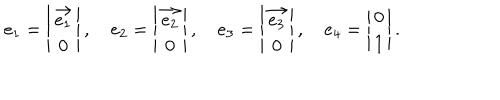
LaTeX: e _ { 1 } = \left| \begin{array} { c } { { \overrightarrow { e _ { 1 } } } } \\ { { 0 } } \\ \end{array} \right| , \quad e _ { 2 } = \left| \begin{array} { c } { { \overrightarrow { e _ { 2 } } } } \\ { { 0 } } \\ \end{array} \right| , \quad e _ { 3 } = \left| \begin{array} { c } { { \overrightarrow { e _ { 3 } } } } \\ { { 0 } } \\ \end{array} \right| , \quad e _ { 4 } = \left| \begin{array} { c } { { 0 } } \\ { { 1 } } \\ \end{array} \right| .